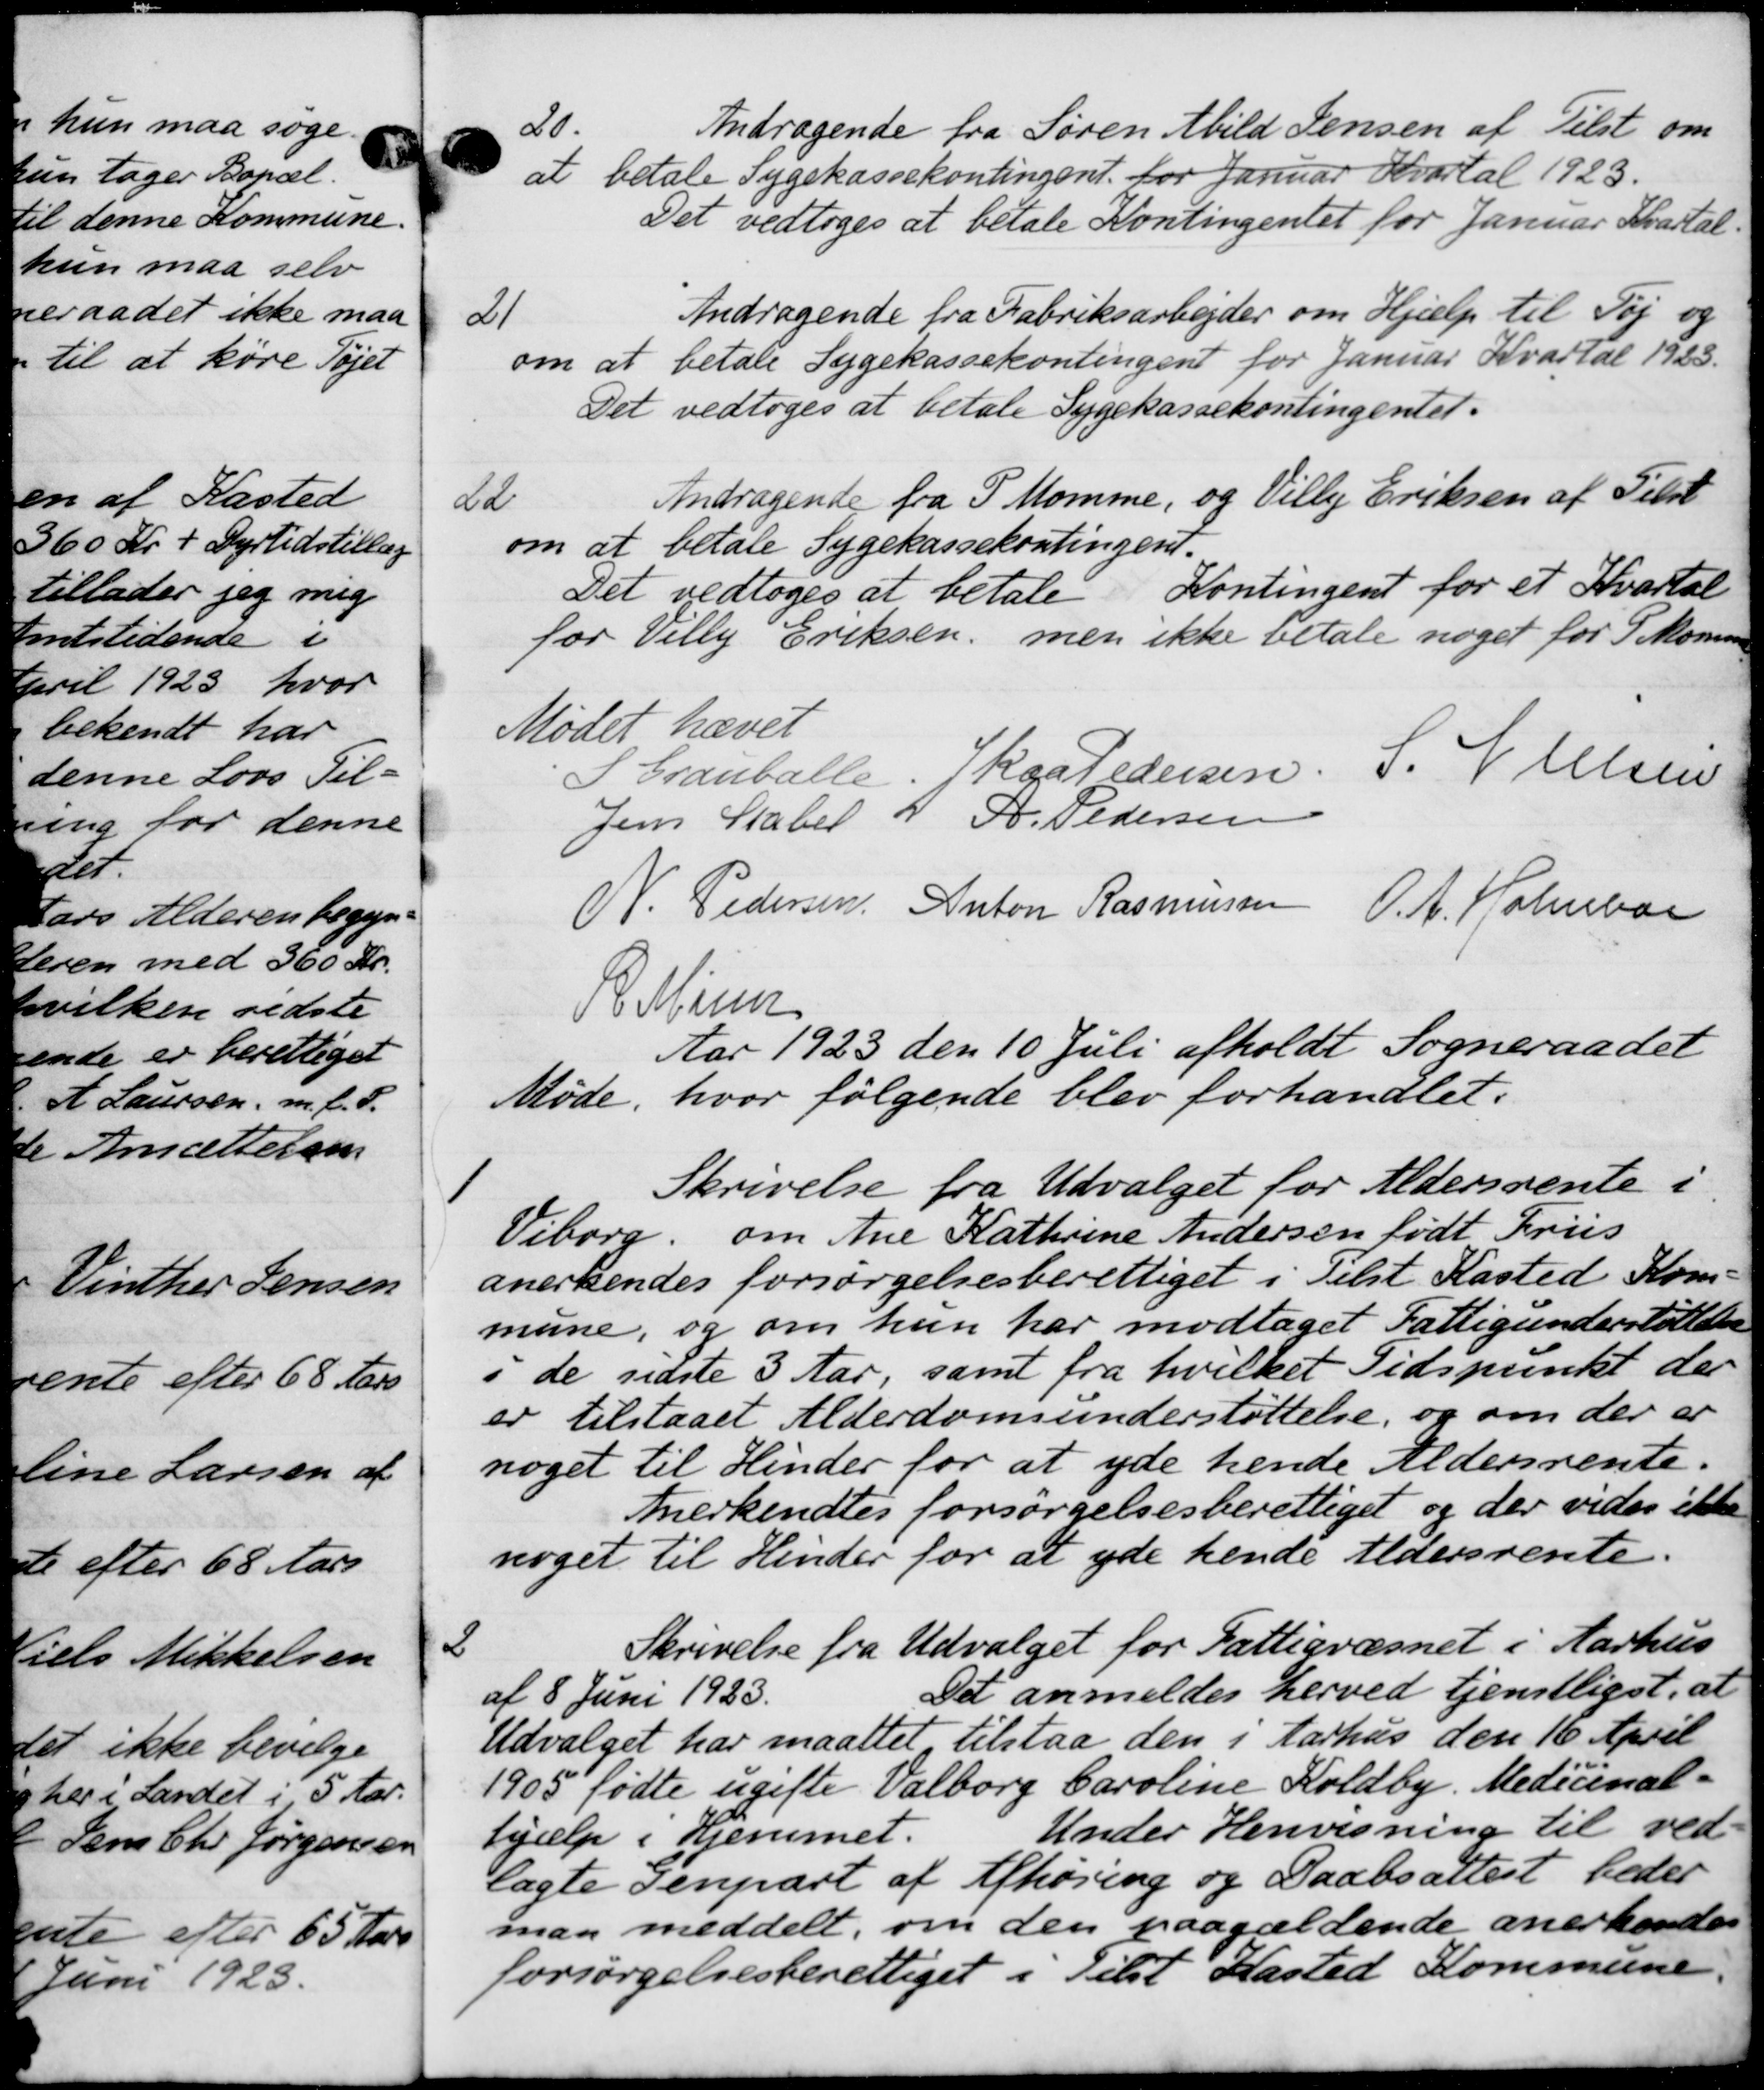
Transskription:
20.
Andragende fra Søren Abild Jensen af Tilst om
at betale Sygekassekontingent. for Januar Kvartal 1923.
Det vedtoges at betale Kontingentet for Januar Kvartal.
21
Andragende fra Fabriksarbejder om Hjælp til Tøj og
om at betale Sygekassekontingent for Januar Kvartal 1923.
Det vedtoges at betale Sygekassekontingentet.
La
Andragende fra P Momme, og Villy Eriksen af Tilst
om at betale Sygekassekontingent.
Kontingent for et Kvartal
Det vedtoges at betale
for Villy Eriksen, men ikke betale noget for S Momm
Mødet hævet
Crauballe. Ikga Pedersen. S. V. Olsen
Jens Skaber H P. Pedersen
V. Pedersen Anton Rasmussen O. A. Holmboe
R. Minn
Aar 1923 den 10 Juli afholdt Sogneraadet
Møde, hvor følgende blev forhandlet.
1
Skrivelse fra Udvalget for Aldersrente i
Viborg om Ane Kathrine Andersen født Friis
anerkendes forsørgelsesberettiget i Tilst Kasted Kom-
mune, og om hun har modtaget Fattigunderstøttelse
i de sidste 3 Aar, samt fra hvilket Tidspunkt der
er tilstaaet Alderdomsunderstøttelse, og om der er
noget til Hinder for at yde hende Aldersrente.
Anerkendtes forsørgelsesberettiget og der vider ikke
noget til Hinder for at yde hende Aldersrente.
2
Skrivelse fra Udvalget for Fattigvæsnet i Aarhus
af 8 Juni 1923.
Det anmeldes herved tjenstligst, at
Udvalget har maattet tilstaa den i Aarhus den 16 April
1905 fødte ugifte Valborg Caroline Koldby. Medicinal-
hjælp i Hjemmet.
Under Henvisning til ved
lagte Genpart af Afhøring og Daabsattest beder
man meddelt, om den paagældende anerkendes
forsørgelsesberettiget i Tilst Kasted Kommune.